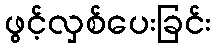
ဖွင့်လှစ်ပေးခြင်း